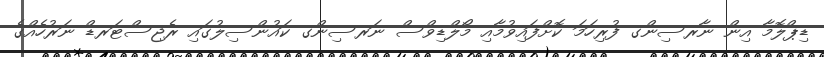
ޑިޕްލޮމާ އިން ނާރސިންގ ފުރިހަމަ ކޮށްފައިވުމާއި މޯލްޑިވްސް ނަރސިންގ ކައުންސިލުގައި ރެޖިސްޓަރޑް ނަރުހެއްގެ